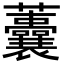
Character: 𧅺